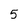
Character: 5